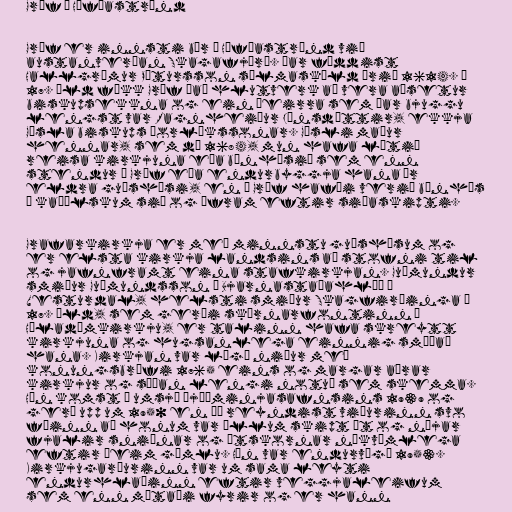
Gröf á Höfðaströnd

Gröf er innsti bær á Höfðaströnd við
austanverðan Skagafjörð. Þar fæddist
Hallgrímur Pétursson sálmaskáld árið 1614. Á
17. öld fékk Gröf það hlutverk að vera aðsetur
biskupsekkna og ein þeirra sem þar bjuggu
lengst var Ragnheiður Jónsdóttir, ekkja
Gísla biskups Þorlákssonar. Gísli maður
hennar, sem dó 1684, mun hafa látið
reisa kirkjuna eða bænhúsið sem enn
stendur í Gröf eða endurbyggja hana úr
eldra guðshúsi, en í Gröf hafði verið bænhús
í kaþólskum sið og áfram eftir siðaskipti.

Grafarkirkja er með minnstu guðshúsum og
er elsta kirkja landsins að stofni til
og jafnframt eina stafkirkjan. Guðmundur
smiður Guðmundsson í Bjarnastaðahlíð í
Vesturdal, helsti smiður Skagfirðinga á
17. öld, sem gerði skírnarfontinn í
Hóladómkirkju, er talinn hafa skreytt
kirkjuna og hugsanlega einnig smíðað
hana. Kirkjan var lögð niður með
konungsbréfi 1765 eins og margar aðrar
kirkjur og síðan lengi notuð sem skemma.
Hún komst í umsjá Þjóðminjasafnsins 1939 og
gerð upp um 1950 en þá reyndist viðurinn svo
fúinn að honum var öllum skipt út og nýjar
fjalir sniðnar og útskornar nákvæmlega
eftir þeim gömlu. Hún var endurvígð 1953.
Kirkjugarðurinn var um sama leyti
endurhlaðinn eftir veggjaleifum
sem enn mótaði fyrir og er hann